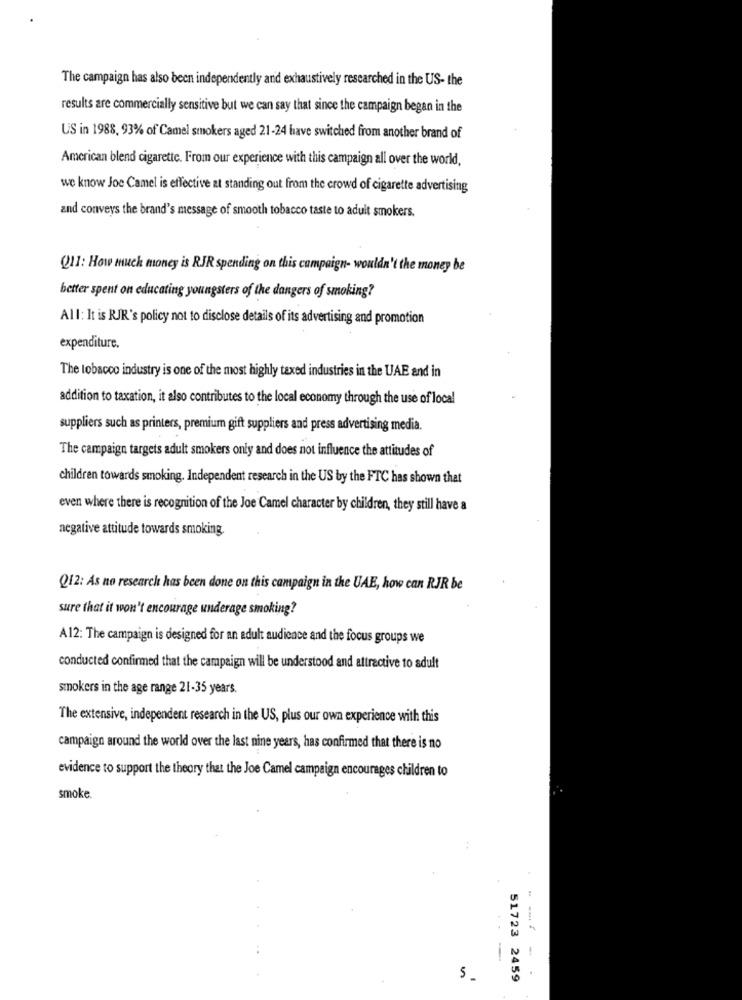
The campaign has also been independently and exhaustively researched in the US- the
results are commercially sensitive but we can say that since the campaign began in the
US in 1988, 93% of Camel smokers aged 21-24 have switched from another brand of
American blend cigarette. From our experience with this campaign all over the world,
we know Joe Camel is effective at standing out from the crowd of cigarette advertising
and conveys the brand's message of smooth tobacco taste to adult smokers.
Q11: How much money is RJR spending on this campaign- wouldn't the money be
better spent on educating youngsters of the dangers of smoking?
All: It is RJR's policy not to disclose details of its advertising and promotion
expenditure.
The tobacco industry is one of the most highly taxed industries in the UAE and in
addition to taxation, it also contributes to the local economy through the use of local
suppliers such as printers, premium gift suppliers and press advertising media.
The campaign targets adult smokers only and does not influence the attitudes of
children towards smoking. Independent research in the US by the FTC has shown that
even where there is recognition of the Joe Camel character by children, they still have a
negative attitude towards smoking.
Q12: As no research has been done on this campaign in the UAE, how can RJR be
sure that it won't encourage underage smoking?
A12: The campaign is designed for an adult audience and the focus groups we
conducted confirmed that the campaign will be understood and attractive to adult
smokers in the age range 21-35 years.
The extensive, independent research in the US, plus our own experience with this
campaign around the world over the last nine years, has confirmed that there is no
evidence to support the theory that the Joe Camel campaign encourages children to
smoke.
--
5
51723 2459